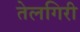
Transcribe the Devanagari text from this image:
तेलगिरी